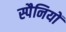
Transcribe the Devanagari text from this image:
स्पैनियों